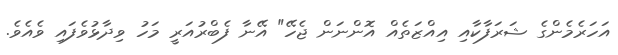
އަހަރެމެންގެ ޝަރަފާކާއި އިއްޒަތެއް އޮންނަން ޖެހޭ" އޭނާ ފެބްރުއަރީ މަހު ވިދާޅުވެފައި ވެއެވެ.